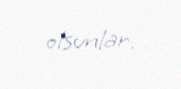
olsunlar.